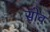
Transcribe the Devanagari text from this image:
सोव